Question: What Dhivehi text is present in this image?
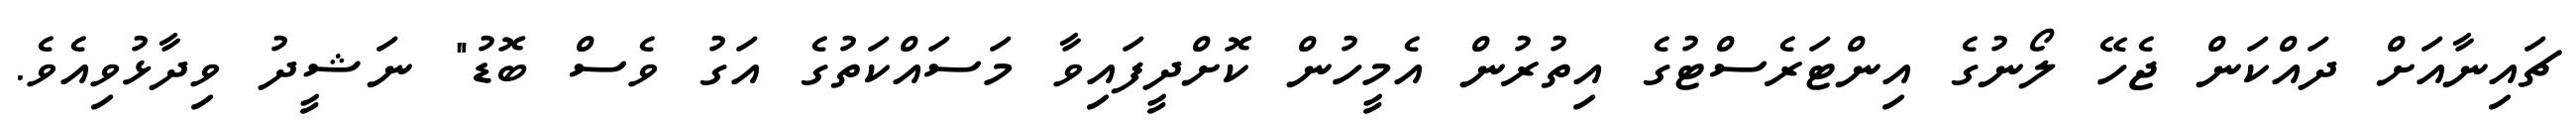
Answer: ޗައިނާއަށް ދައްކަން ޖެހޭ ލޯނުގެ އިންޓަރެސްޓުގެ އިތުރުން އެމީހުން ކޮށްދީފައިވާ މަސައްކަތުގެ އަގު ވެސް ބޮޑު" ނަޝީދު ވިދާޅުވިއެވެ.